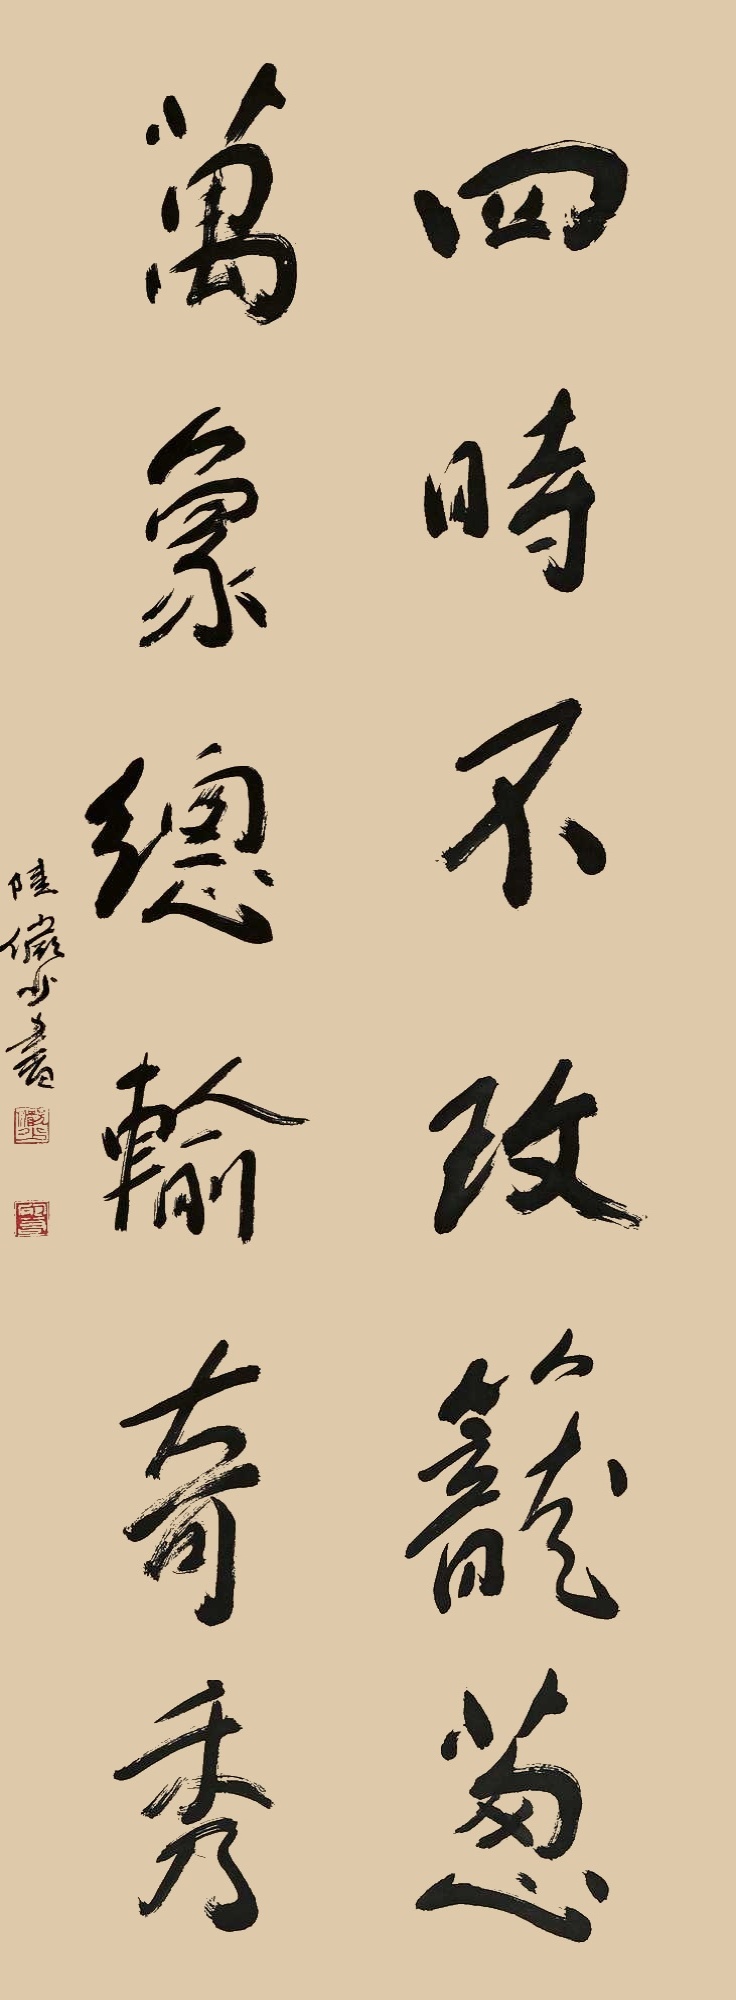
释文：四时不改笼葱，万象总输奇秀。陆俨少书。